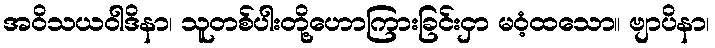
အဝိသယဝါဒိနာ၊ သူတစ်ပါးတို့ဟောကြားခြင်းငှာ မဝံ့ထသော။ ဗျာပိနာ၊